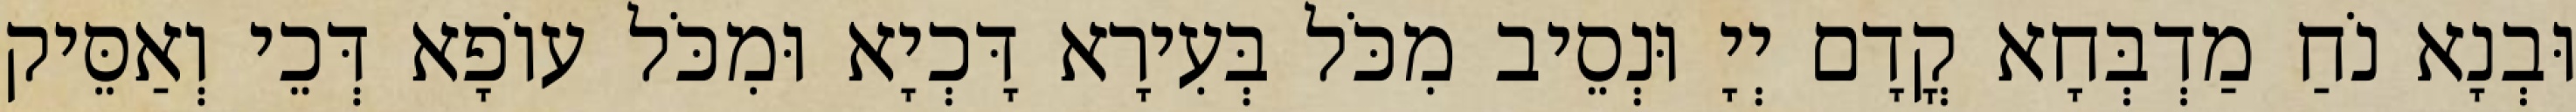
וּבְנָא נֹחַ מַדְבְּחָא קֳדָם יְיָ וּנְסֵיב מִכֹּל בְּעִירָא דָּכְיָא וּמִכֹּל עוֹפָא דְּכֵי וְאַסֵּיק